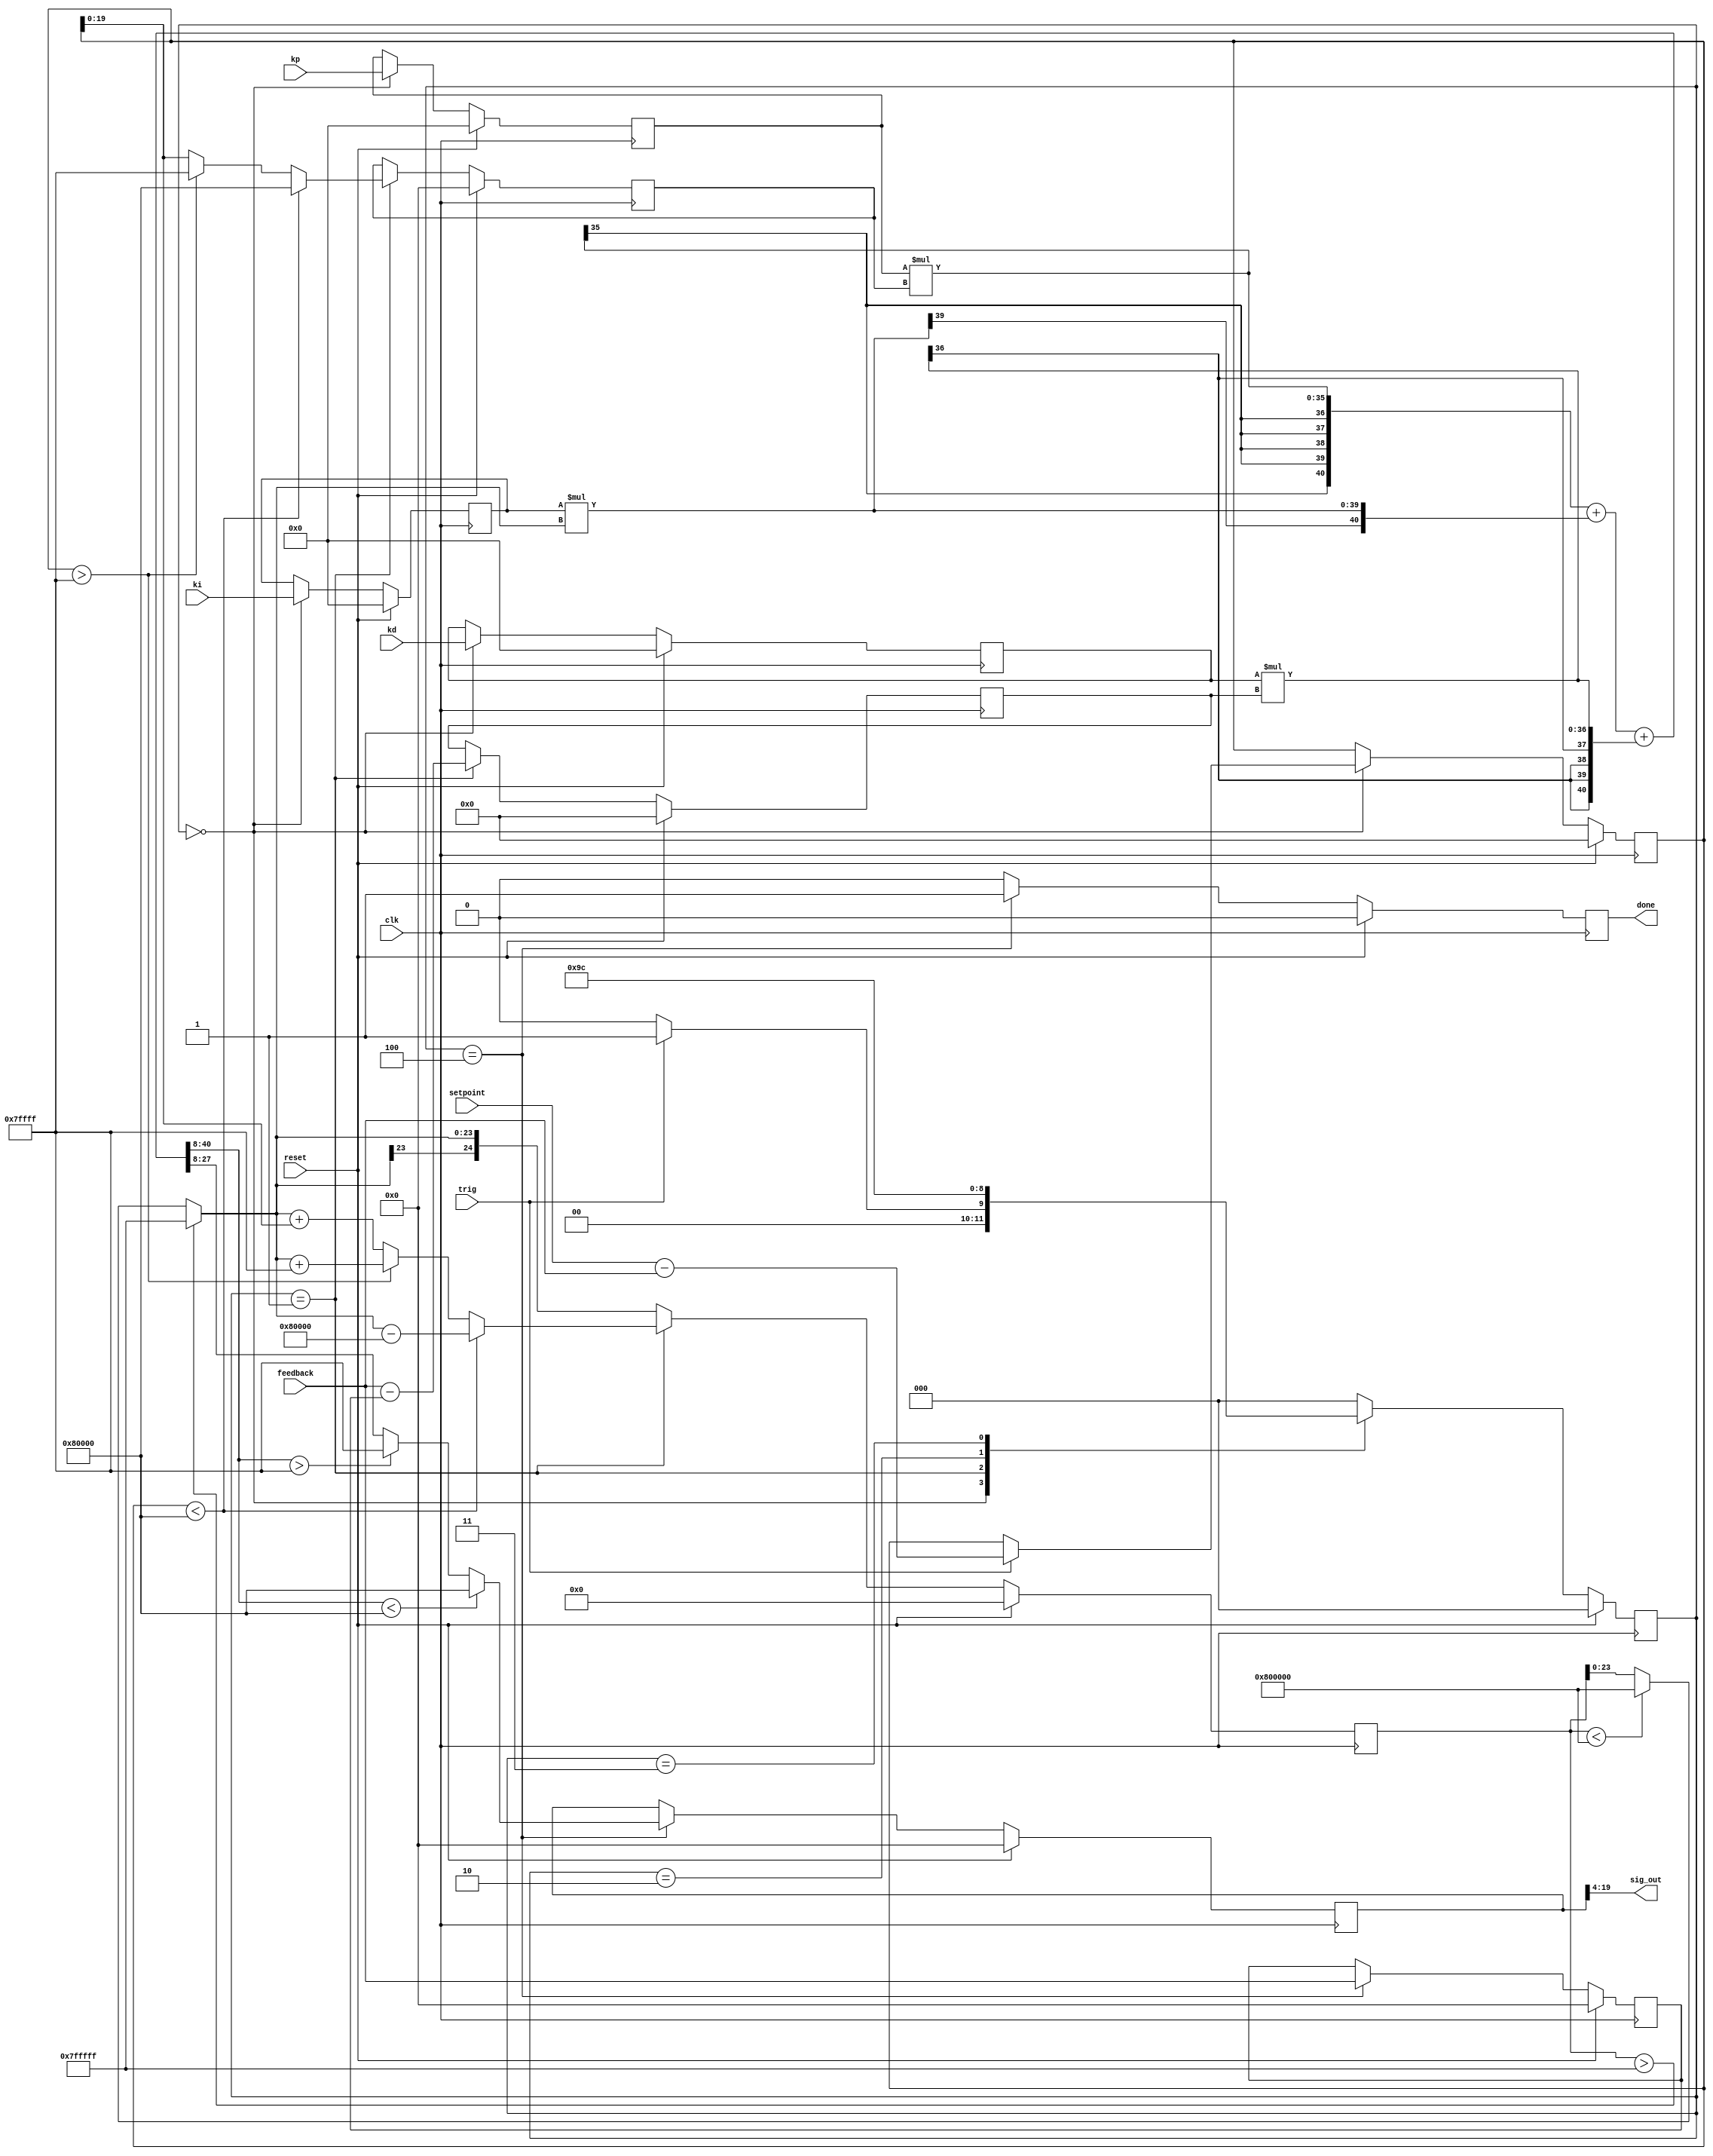
`timescale 1ns/1ns

//This file implements a parameterizable PID controller
//Reference for this design taken from http://brettbeauregard.com/blog/2011/04/improving-the-beginners-pid-introduction/

// Implements following algorithm:
// loop:
//      error = setpoint - measurement
//      d_error = last_error - error
//      error_sum = error_sum + error
//      u = Kp*error + Ki*error_sum + Kd*d_error

// Parameters must be scaled for sampling rate:
// Kp remains the same
// Ki -> Ki * T_s
// Kd -> Kd / T_s

module pid #(
    parameter INPUT_WIDTH = 20,
    parameter OUTPUT_WIDTH = 16,
    parameter PID_PARAM_WIDTH = 16,
    parameter PID_PARAM_FP_PRECISION = 8, //fixed point decimal places (must be <= PID_PARAM_WIDTH-1)
    parameter MAX_OVF_SUM = 4 //overflow bits for err_sum
    ) (
    input clk,
    input reset,
    //PID settings
    input signed [PID_PARAM_WIDTH-1:0] kp, //signed binary fixed point
    input signed [PID_PARAM_WIDTH-1:0] ki, //signed binary fixed point
    input signed [PID_PARAM_WIDTH-1:0] kd, //signed binary fixed point
    input signed [INPUT_WIDTH-1:0] setpoint, //signed integer
    //PID signals
    input signed [INPUT_WIDTH-1:0] feedback, //signed integer
    output signed [OUTPUT_WIDTH-1:0] sig_out, //signed integer
    input trig, //triggers new calculation (1 clock pulse)
    output reg done //signals new valid data on output (1 clock pulse)
    );

    //save maximum width (this is what we will use for calculations)
    localparam DATA_WIDTH = (INPUT_WIDTH>OUTPUT_WIDTH) ? INPUT_WIDTH : OUTPUT_WIDTH;

    reg signed [DATA_WIDTH-1:0] sig_out_norm;
    wire signed [DATA_WIDTH-1:0] setpoint_norm;
    wire signed [DATA_WIDTH-1:0] feedback_norm;
    //scale setpoint, feedback, and sig_out to max DATA_WIDTH to maximize accuracy
    generate
        if (DATA_WIDTH == INPUT_WIDTH && DATA_WIDTH == OUTPUT_WIDTH) begin
            assign setpoint_norm = setpoint;
            assign feedback_norm = feedback;
            assign sig_out = sig_out_norm;
        end else if (DATA_WIDTH == INPUT_WIDTH) begin
            assign setpoint_norm = setpoint;
            assign feedback_norm = feedback;
            assign sig_out = sig_out_norm[DATA_WIDTH-1:DATA_WIDTH-OUTPUT_WIDTH];
        end else begin //DATA_WIDTH == OUTPUT_WIDTH
            assign setpoint_norm = {setpoint, {(DATA_WIDTH-INPUT_WIDTH){1'b0}}};
            assign feedback_norm = {feedback, {(DATA_WIDTH-INPUT_WIDTH){1'b0}}};
            assign sig_out = sig_out_norm;
        end
    endgenerate

    //latched constants
    reg signed [PID_PARAM_WIDTH-1:0] kp_latch;
    reg signed [PID_PARAM_WIDTH-1:0] ki_latch;
    reg signed [PID_PARAM_WIDTH-1:0] kd_latch;

    // PID error signal
    reg signed [DATA_WIDTH-1:0] err;
    reg signed [DATA_WIDTH:0] err_tmp;

    // derivative error term
    reg signed [INPUT_WIDTH:0] d_err;

    // cumulative error term (allow up to 16x max error to be accumulated before overflow)
    reg signed [DATA_WIDTH+MAX_OVF_SUM-1:0] err_sum;
    reg signed [DATA_WIDTH+MAX_OVF_SUM:0] err_sum_tmp;
    //handle saturation
    always @(*) begin
        if (err_sum_tmp > $signed({2'b0, {(DATA_WIDTH+MAX_OVF_SUM-1){1'b1}}})) begin
            err_sum = $signed({1'b0, {(DATA_WIDTH+MAX_OVF_SUM-1){1'b1}}});
        end else if (err_sum_tmp < -$signed({2'b1, {(DATA_WIDTH+MAX_OVF_SUM-1){1'b0}}})) begin
            err_sum = $signed({1'b1, {(DATA_WIDTH+MAX_OVF_SUM-1){1'b0}}});
        end else begin
            err_sum = $signed(err_sum_tmp[MAX_OVF_SUM+DATA_WIDTH-1:0]);
        end
    end 

    //intermediate signals
    wire signed [PID_PARAM_WIDTH+DATA_WIDTH-1:0] term1;
    wire signed [PID_PARAM_WIDTH+DATA_WIDTH+MAX_OVF_SUM-1:0] term2;
    wire signed [PID_PARAM_WIDTH+INPUT_WIDTH:0] term3;

    //memories
    reg signed [INPUT_WIDTH-1:0] input_d1;

    wire signed [PID_PARAM_WIDTH+DATA_WIDTH+MAX_OVF_SUM:0] sig_out_temp;

    assign sig_out_temp = {{(MAX_OVF_SUM+1){term1[PID_PARAM_WIDTH+DATA_WIDTH-1]}}, term1}
        + {{1{term2[PID_PARAM_WIDTH+DATA_WIDTH+MAX_OVF_SUM-1]}}, term2}
        + {{MAX_OVF_SUM{term3[PID_PARAM_WIDTH+DATA_WIDTH]}}, term3};

    //assign multiplications
    assign term1 = kp_latch * err;
    assign term2 = ki_latch * err_sum;
    assign term3 = kd_latch * d_err;

    reg [2:0] state;
    localparam WAIT_STATE = 3'd0;
    localparam ERR_SAT = 3'd1;
    localparam CALC = 3'd2;
    localparam SEND_OUT = 3'd3;
    localparam SEND_OUT_SAT = 3'd4;

    always @(posedge clk) begin
        if (reset) begin
            // reset
            err <= $signed({DATA_WIDTH{1'b0}});
            input_d1 <= $signed({INPUT_WIDTH{1'b0}});
            sig_out_norm <= $signed({DATA_WIDTH{1'b0}});
            done <= 1'b0;
            state <= WAIT_STATE;
            err_tmp <= $signed({DATA_WIDTH{1'b0}});
            d_err <= $signed({(INPUT_WIDTH+1){1'b0}});
            err_sum_tmp <= $signed({(DATA_WIDTH+MAX_OVF_SUM){1'b0}});
            kp_latch <= $signed({PID_PARAM_WIDTH{1'b0}});
            ki_latch <= $signed({PID_PARAM_WIDTH{1'b0}});
            kd_latch <= $signed({PID_PARAM_WIDTH{1'b0}});
        end
        else begin
            case (state)
                WAIT_STATE: begin
                    //wait for signal to calculate next data point
                    if (trig) begin
                        err_tmp <= setpoint_norm - feedback_norm;
                        state <= ERR_SAT;
                    end else begin
                        err <= err;
                        state <= WAIT_STATE;
                    end
                    input_d1 <= input_d1;
                    done <= 1'b0;
                    sig_out_norm <= sig_out_norm;
                    d_err <= d_err;
                    err_sum_tmp <= err_sum;
                    kp_latch <= kp;
                    ki_latch <= ki;
                    kd_latch <= kd;
                end
                ERR_SAT: begin
                    //handle saturation math for error signal
                    if (err_tmp < -$signed({2'b1, {(DATA_WIDTH-1){1'b0}}})) begin
                        err <= $signed({1'b1, {(DATA_WIDTH-1){1'b0}}});
                        err_sum_tmp <= err_sum - $signed({{(MAX_OVF_SUM){1'b0}}, 1'b1, {(DATA_WIDTH-1){1'b0}}});
                    end else if (err_tmp > $signed({2'b0, {(DATA_WIDTH-1){1'b1}}})) begin
                        err <= $signed({1'b0, {(DATA_WIDTH-1){1'b1}}});
                        err_sum_tmp <= err_sum + $signed({{(MAX_OVF_SUM+1){1'b0}}, {(DATA_WIDTH-1){1'b1}}});
                    end else begin
                        err <= err_tmp[DATA_WIDTH-1:0];
                        err_sum_tmp <= err_sum + $signed(err_tmp[DATA_WIDTH-1:0]);
                    end
                    d_err <= feedback - input_d1;
                    input_d1 <= input_d1;
                    done <= 1'b0;
                    sig_out_norm <= sig_out_norm;
                    state <= CALC;
                    kp_latch <= kp_latch;
                    ki_latch <= ki_latch;
                    kd_latch <= kd_latch;
                end
                CALC: begin
                    //wait clock cycle for multiplication
                    state <= SEND_OUT;
                    err <= err;
                    err_tmp <= err_tmp;
                    input_d1 <= input_d1;
                    sig_out_norm <= sig_out_norm;
                    done <= 1'b0;
                    d_err <= d_err;
                    err_sum_tmp <= err_sum;
                    kp_latch <= kp_latch;
                    ki_latch <= ki_latch;
                    kd_latch <= kd_latch;
                end
                SEND_OUT: begin
                    //Calculate output
                    state <= SEND_OUT_SAT;
                    err <= err;
                    err_tmp <= err_tmp;
                    input_d1 <= input_d1;
                    sig_out_norm <= sig_out_norm;
                    done <= 1'b0;
                    d_err <= d_err;
                    err_sum_tmp <= err_sum;
                    kp_latch <= kp_latch;
                    ki_latch <= ki_latch;
                    kd_latch <= kd_latch;
                end
                SEND_OUT_SAT: begin
                    //handle saturation math for output
                    if ($signed(sig_out_temp[DATA_WIDTH+PID_PARAM_WIDTH+MAX_OVF_SUM:PID_PARAM_FP_PRECISION]) < 
                        $signed({{(MAX_OVF_SUM+PID_PARAM_WIDTH-PID_PARAM_FP_PRECISION){1'b1}}, {(DATA_WIDTH-1){1'b0}}})) begin
                        sig_out_norm <= $signed({1'b1, {(DATA_WIDTH-1){1'b0}}});
                    end else if ($signed(sig_out_temp[DATA_WIDTH+PID_PARAM_WIDTH+MAX_OVF_SUM:PID_PARAM_FP_PRECISION]) > 
                        $signed({{(MAX_OVF_SUM+PID_PARAM_WIDTH-PID_PARAM_FP_PRECISION){1'b0}}, {(DATA_WIDTH-1){1'b1}}})) begin
                        sig_out_norm <= $signed({1'b0, {(DATA_WIDTH-1){1'b1}}});
                    end else begin
                        sig_out_norm <= sig_out_temp[DATA_WIDTH+PID_PARAM_FP_PRECISION-1:PID_PARAM_FP_PRECISION];
                    end
                    err <= err;
                    err_tmp <= err_tmp;
                    input_d1 <= feedback;
                    done <= 1'b1;
                    state <= WAIT_STATE;
                    d_err <= d_err;
                    err_sum_tmp <= err_sum;
                    kp_latch <= kp_latch;
                    ki_latch <= ki_latch;
                    kd_latch <= kd_latch;
                end
                default: begin
                    state <= WAIT_STATE;
                    err <= err;
                    err_tmp <= err_tmp;
                    input_d1 <= input_d1;
                    sig_out_norm <= sig_out_norm;
                    done <= 1'b0;
                    d_err <= d_err;
                    err_sum_tmp <= err_sum;
                    kp_latch <= kp_latch;
                    ki_latch <= ki_latch;
                    kd_latch <= kd_latch;
                end
            endcase
        end
    end



endmodule